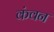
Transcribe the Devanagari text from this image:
कंवन